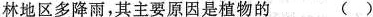
林地区多降雨，其主要原因是植物的 ( )